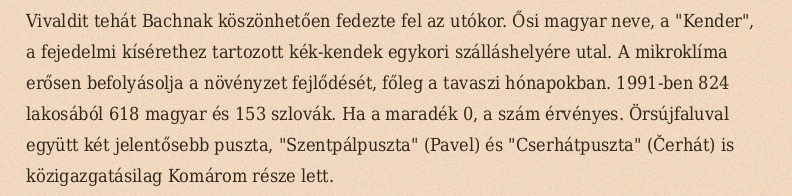
Vivaldit tehát Bachnak köszönhetően fedezte fel az utókor. Ősi magyar neve, a "Kender", a fejedelmi kísérethez tartozott kék-kendek egykori szálláshelyére utal. A mikroklíma erősen befolyásolja a növényzet fejlődését, főleg a tavaszi hónapokban. 1991-ben 824 lakosából 618 magyar és 153 szlovák. Ha a maradék 0, a szám érvényes. Örsújfaluval együtt két jelentősebb puszta, "Szentpálpuszta" (Pavel) és "Cserhátpuszta" (Čerhát) is közigazgatásilag Komárom része lett.